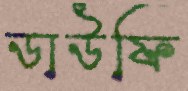
ডাউফি